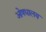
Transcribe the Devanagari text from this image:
ओषधालय